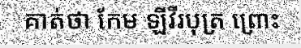
គាត់ថា កែម ឡីវីរបុត្រ ព្រោះ